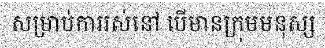
សម្រាប់ការរស់នៅ បើមានក្រុមមនុស្ស